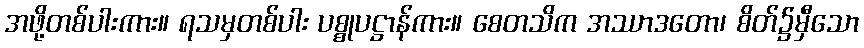
အဖို့တစ်ပါးကား။ ရသမှတစ်ပါး ပစ္စုပဋ္ဌာန်ကား။ စေတသိက အဿာဒတော၊ စိတ်၌မှီသော